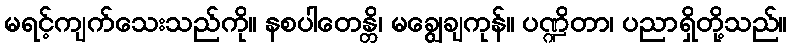
မရင့်ကျက်သေးသည်ကို။ နစပါတေန္တိ၊ မချွေချကုန်။ ပဏ္ဍိတာ၊ ပညာရှိတို့သည်။